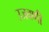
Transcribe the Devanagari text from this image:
उजवणी